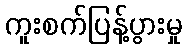
ကူးစက်ပြန့်ပွားမှု